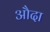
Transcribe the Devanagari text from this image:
औदा